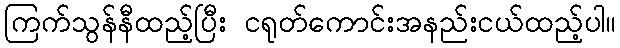
ကြက်သွန်နီထည့်ပြီး ငရုတ်ကောင်းအနည်းငယ်ထည့်ပါ။